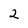
Character: 2